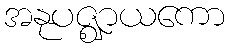
အနုပဇ္ဈာယကော